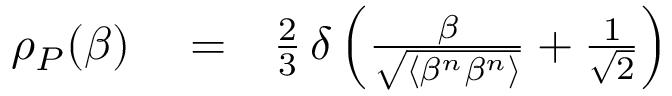
\begin{array} { r l r } { \rho _ { P } ( \beta ) } & { { } = } & { \frac { 2 } { 3 } \, \delta \left( \frac { \beta } { \sqrt { \langle \beta ^ { n } \beta ^ { n } \rangle } } + \frac { 1 } { \sqrt { 2 } } \right) } \end{array}